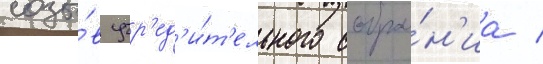
созы́в учр'ед'и́т'ельного собра́н'иа /